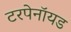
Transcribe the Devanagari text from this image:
टरपेनॉयड